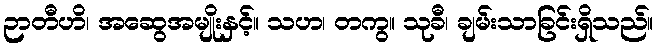
ဉာတီဟိ၊ အဆွေအမျိုးနှင့်။ သဟ၊ တကွ။ သုခီ၊ ချမ်းသာခြင်းရှိသည်။